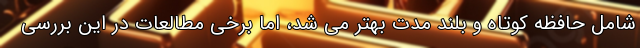
شامل حافظه کوتاه و بلند مدت بهتر می شد، اما برخی مطالعات در این بررسی